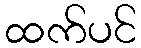
ထက်ပင်